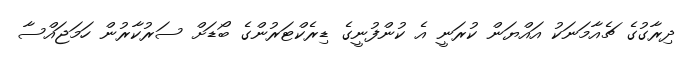
ދިރާގުގެ ޗެއާމަނަކު އައްޔަން ކުރަނީ އެ ކުންފުނީގެ ޑިރެކްޓަރުންގެ ބޯޑަށް ސަރުކާރުން ހަމަޖައްސާ